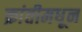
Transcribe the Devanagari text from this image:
क्रांतीमधून